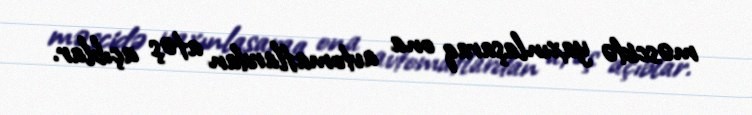
məscidə yaxınlaşaraq ona avtomatlardan atəş açıblar.